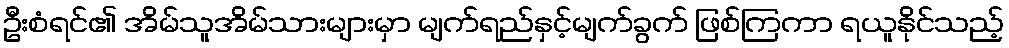
ဦးစံရင်၏ အိမ်သူအိမ်သားများမှာ မျက်ရည်နှင့်မျက်ခွက် ဖြစ်ကြကာ ရယူနိုင်သည့်